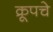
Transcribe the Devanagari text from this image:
क्रूपचे